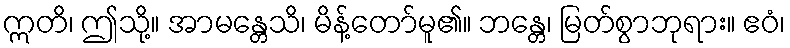
ဣတိ၊ ဤသို့။ အာမန္တေသိ၊ မိန့်တော်မူ၏။ ဘန္တေ၊ မြတ်စွာဘုရား။ ဧဝံ၊